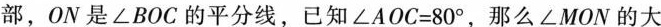
部，ON是∠BOC的平分线，已知$$∠ A O C = 8 0 °$$，那么∠MON的大